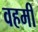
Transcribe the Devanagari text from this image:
वहमी